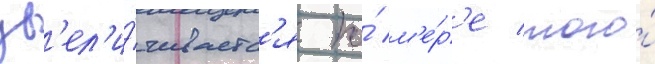
ув'ел'и́чиваетс'я по́ м'е́р'е того́